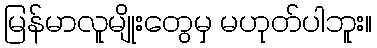
မြန်မာလူမျိုးတွေမှ မဟုတ်ပါဘူး။